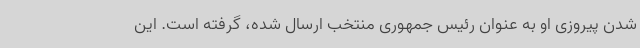
شدن پیروزی او به عنوان رئیس جمهوری منتخب ارسال شده، گرفته است. این